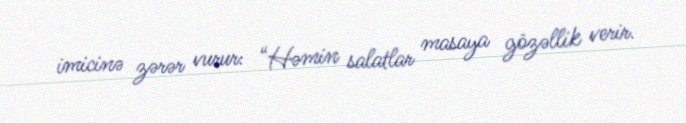
imicinə zərər vurur: “Həmin salatlar masaya gözəllik verir.